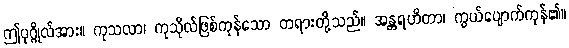
ဤပုဂ္ဂိုလ်အား။ ကုသလာ၊ ကုသိုလ်ဖြစ်ကုန်သော တရားတို့သည်။ အန္တရဟိတာ၊ ကွယ်ပျောက်ကုန်၏။